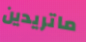
ماتريدين